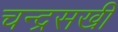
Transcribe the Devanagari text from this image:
चन्द्रसखी